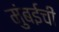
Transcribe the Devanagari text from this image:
मुुंबईची